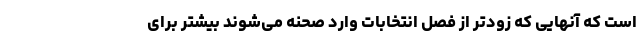
است که آنهایی که زودتر از فصل انتخابات وارد صحنه می‌شوند بیشتر برای